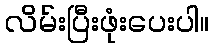
လိမ်းပြီးဖုံးပေးပါ။